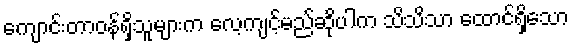
ကျောင်းတာဝန်ရှိသူများက လေ့ကျင့်မည်ဆိုပါက သိသိသာ ထောင်ရှိသော